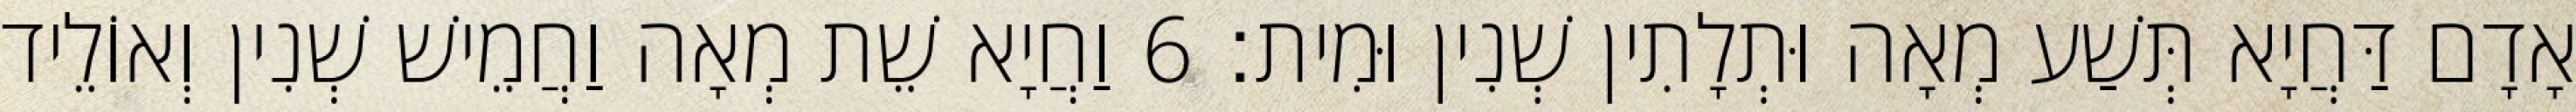
אָדָם דַּחֲיָא תְּשַׁע מְאָה וּתְלָתִין שְׁנִין וּמִית׃ 6 וַחֲיָא שֵׁת מְאָה וַחֲמֵישׁ שְׁנִין וְאוֹלֵיד